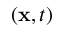
( { \bf { x } } , t )